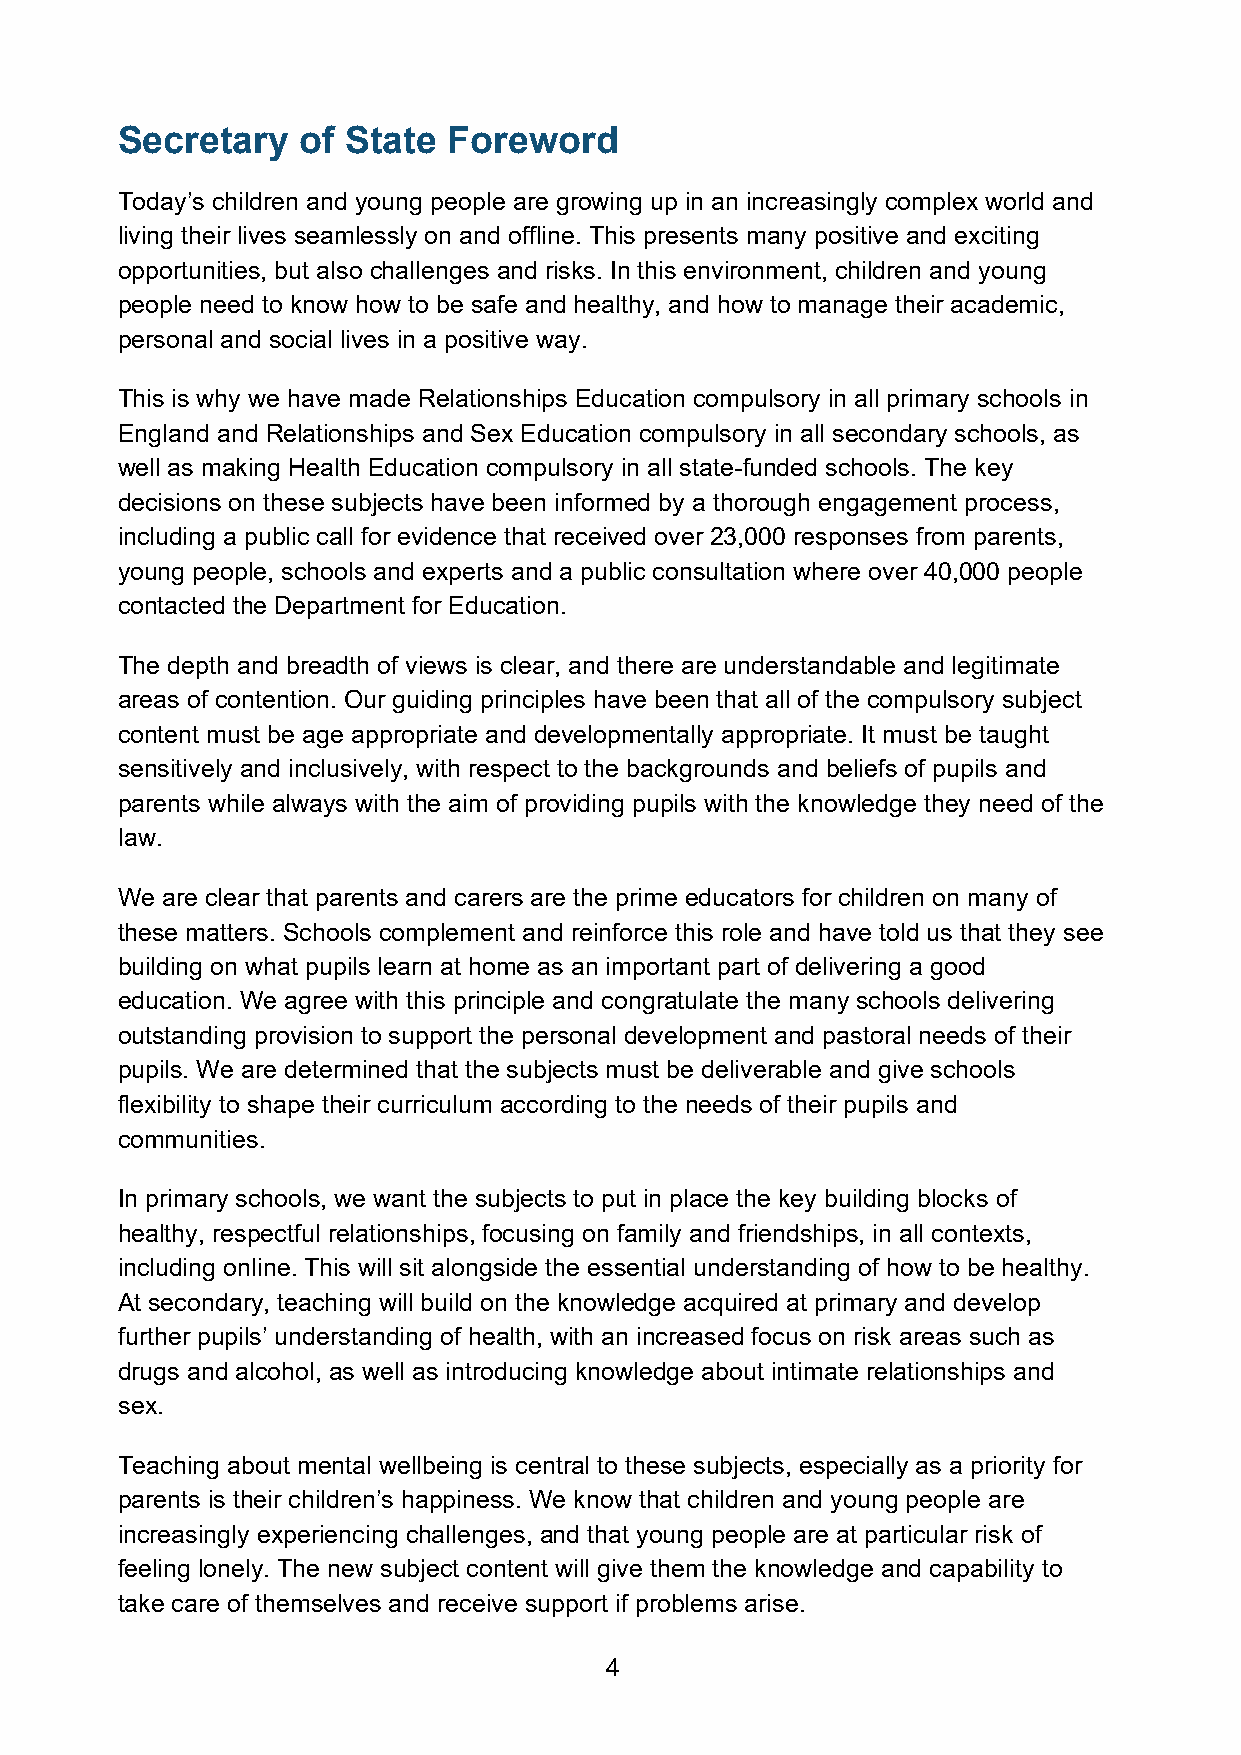
Secretary   of State  Foreword
 Today’s children and young people are growing up in an increasingly complex world and
 living their lives seamlessly on and offline. This presents many positive and exciting
 opportunities, but also challenges and risks. In this environment, children and young
 people need to know how to be safe and healthy, and how to manage their academic,
 personal and social lives in a positive way.
 This is why we have made Relationships Education compulsory in all primary schools in
 England and Relationships and Sex Education compulsory in all secondary schools, as
 well as making Health Education compulsory in all state-funded schools. The key
 decisions on these subjects have been informed by a thorough engagement process,
 including a public call for evidence that received over 23,000 responses from parents,
 young people, schools and experts and a public consultation where over 40,000 people
 contacted the Department for Education.
 The depth and breadth of views is clear, and there are understandable and legitimate
 areas of contention. Our guiding principles have been that all of the compulsory subject
 content must be age appropriate and developmentally appropriate. It must be taught
 sensitively and inclusively, with respect to the backgrounds and beliefs of pupils and
 parents while always with the aim of providing pupils with the knowledge they need of the
 law.
 We are clear that parents and carers are the prime educators for children on many of
 these matters. Schools complement and reinforce this role and have told us that they see
 building on what pupils learn at home as an important part of delivering a good
 education. We agree with this principle and congratulate the many schools delivering
 outstanding provision to support the personal development and pastoral needs of their
 pupils. We are determined that the subjects must be deliverable and give schools
 flexibility to shape their curriculum according to the needs of their pupils and
 communities.
 In primary schools, we want the subjects to put in place the key building blocks of
 healthy, respectful relationships, focusing on family and friendships, in all contexts,
 including online. This will sit alongside the essential understanding of how to be healthy.
 At secondary, teaching will build on the knowledge acquired at primary and develop
 further pupils’ understanding of health, with an increased focus on risk areas such as
 drugs and alcohol, as well as introducing knowledge about intimate relationships and
 sex.
 Teaching about mental wellbeing is central to these subjects, especially as a priority for
 parents is their children’s happiness. We know that children and young people are
 increasingly experiencing challenges, and that young people are at particular risk of
 feeling lonely. The new subject content will give them the knowledge and capability to
 take care of themselves and receive support if problems arise.
 4